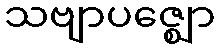
သဗျာပဇ္ဈော